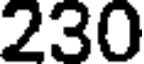
230